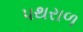
પથરાળ